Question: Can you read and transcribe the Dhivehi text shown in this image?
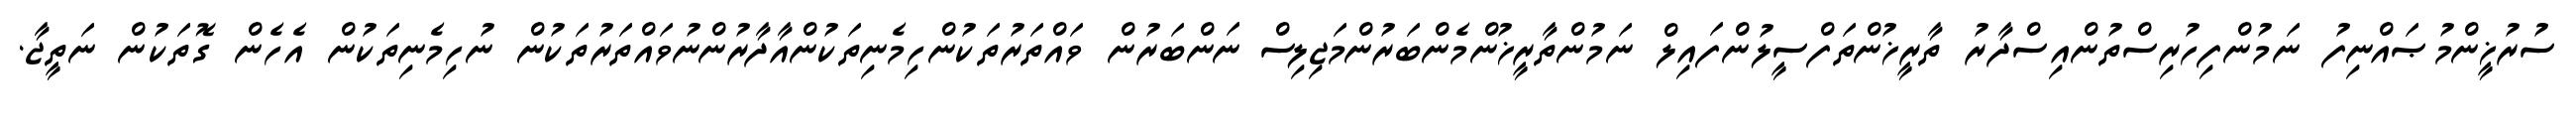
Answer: ސުރުޚީންމުޞައްނިފު ނަމުންފިހުރިސްތުންއިސްދާރު ތާރީޚުންތަފްސީލުންފައިލް ނަމުންތާރީޚުންމެންބަރުންމަޖިލިސް ނަންބަރުން ވައްތަރުތަކުންހިމެނިތަކުންއާދާރުންނުވައްތަރުތަކުން ނުހިމެނިތަކުން އެހެން ގޮތަކުން ނަތީޖާ.